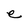
Character: e